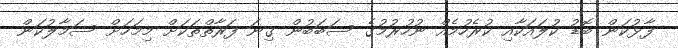
ފާޅުކަން ބޮޑު ކުލައަކާއި ކުރެހުމެއް ނުހުރުމުގެ ސަބަބުން ގިނަ ފަރާތްތަކަށް މިމަހަށް ސަމާލުކަން